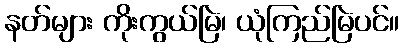
နတ်များ ကိုးကွယ်မြဲ၊ ယုံကြည်မြဲပင်။